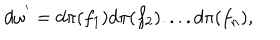
LaTeX: d { \omega } ^ { ' } = d { \pi } ( f _ { 1 } ) d { \pi } ( f _ { 2 } ) . . . . d { \pi } ( f _ { n } ) ,